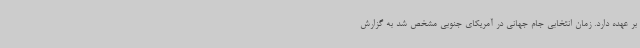
بر عهده دارد. زمان انتخابی جام جهانی در آمریکای جنوبی مشخص شد به گزارش